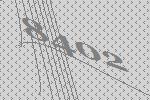
8402